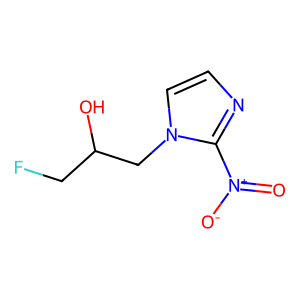
SMILES: O=[N+]([O-])c1nccn1CC(O)CF
Inhibits HIV replication: No